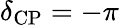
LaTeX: \delta_{\mathrm{CP}}=-\pi